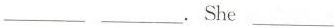
___ ___.She ___